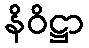
နိဝိဋ္ဌာ